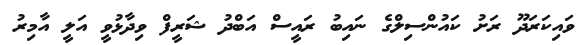
ވައިކަރަދޫ ރަށު ކައުންސިލްގެ ނައިބު ރައީސް އަބްދު ޝަރީފް ވިދާޅުވީ އަލީ އާމިރު